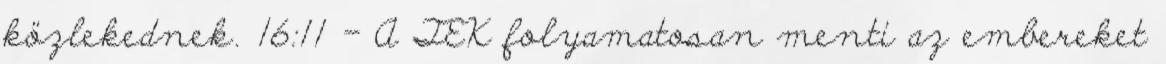
közlekednek. 16:11 - A TEK folyamatosan menti az embereket